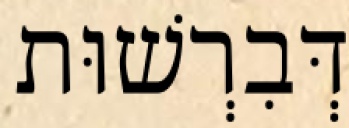
דְּבִרְשׁוּת